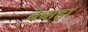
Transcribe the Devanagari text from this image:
बेबाहा